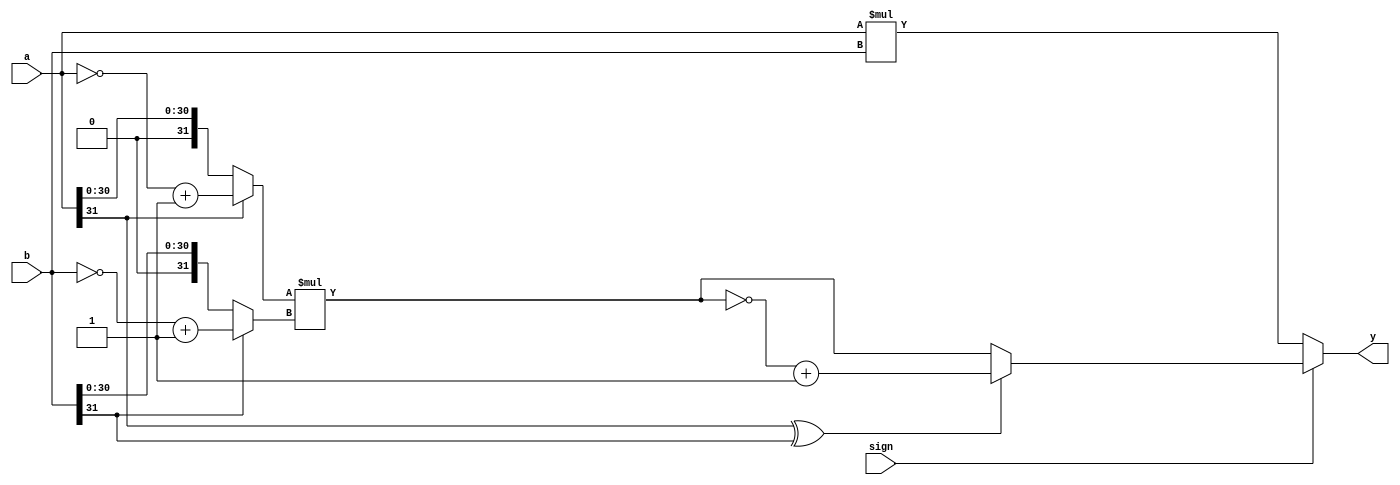
`timescale 1ns / 1ps

/*
    : mult
    : 
    :
        a               
        b               
        sign            0-, 1-
    :
        y               
*/
module mult(
    input   wire[31:0]      a,
    input   wire[31:0]      b,
    input   wire            sign,
    output  wire[63:0]      y
    );

    wire [31:0] abs_a, abs_b;
    wire [63:0] abs_result, signed_result;

    assign abs_a = (a[31] == 1'b1) ? ~a + 1 : a;
    assign abs_b = (b[31] == 1'b1) ? ~b + 1 : b;
    assign abs_result = abs_a * abs_b;

    assign signed_result = (a[31] ^ b[31] == 1'b1) ? ~abs_result + 1 : abs_result;
    assign y = sign ? signed_result : a * b;

endmodule